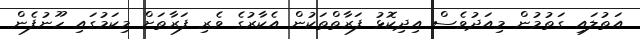
އަތުލައި ގަތުމުން މިއަދުވެސް އިދިކޮޅު ފަރާތްތަކުން އެކާރުގެ ވެރި ފަރާތަށް މިކަމުގައި ހޫނުފެން